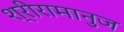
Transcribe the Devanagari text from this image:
श्रीरामानुज